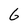
Character: 6